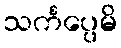
သင်္ကပ္ပေမိ